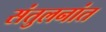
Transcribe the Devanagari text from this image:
संतुलनांत